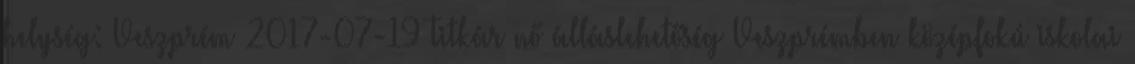
helység: Veszprém 2017-07-19 Titkár nő álláslehetőség Veszprémben középfokú iskolai